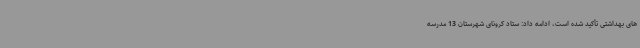
های بهداشتی تأکید شده است، ادامه داد: ستاد کرونای شهرستان 13 مدرسه